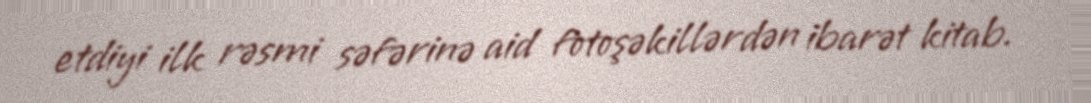
etdiyi ilk rəsmi səfərinə aid fotoşəkillərdən ibarət kitab.